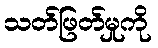
သတ်ဖြတ်မှုကို